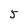
Character: 5